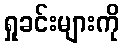
ရှုခင်းများကို